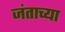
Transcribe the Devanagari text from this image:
जंताच्या